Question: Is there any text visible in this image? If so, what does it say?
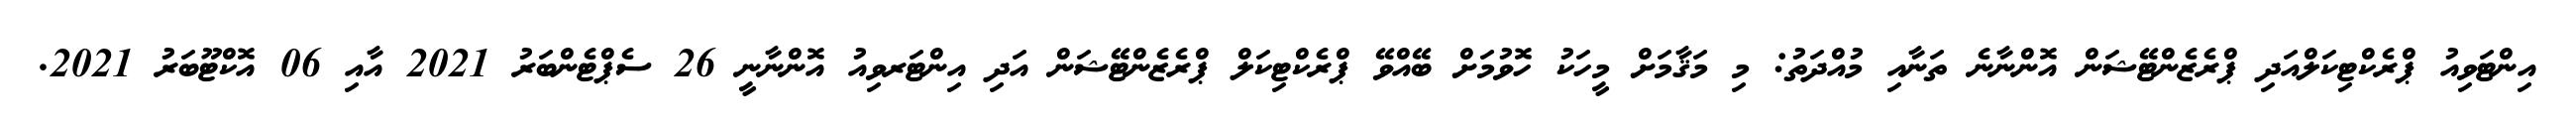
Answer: އިންޓަވިއު ޕްރެކްޓިކަލްއަދި ޕްރެޒެންޓޭޝަން އޮންނާނެ ތަނާއި މުއްދަތު: މި މަޤާމަށް މީހަކު ހޮވުމަށް ބޭއްވޭ ޕްރެކްޓިކަލް ޕްރެޒެންޓޭޝަން އަދި އިންޓަރވިއު އޮންނާނީ 26 ސެޕްޓެންބަރު 2021 އާއި 06 އޮކްޓޫބަރު 2021.